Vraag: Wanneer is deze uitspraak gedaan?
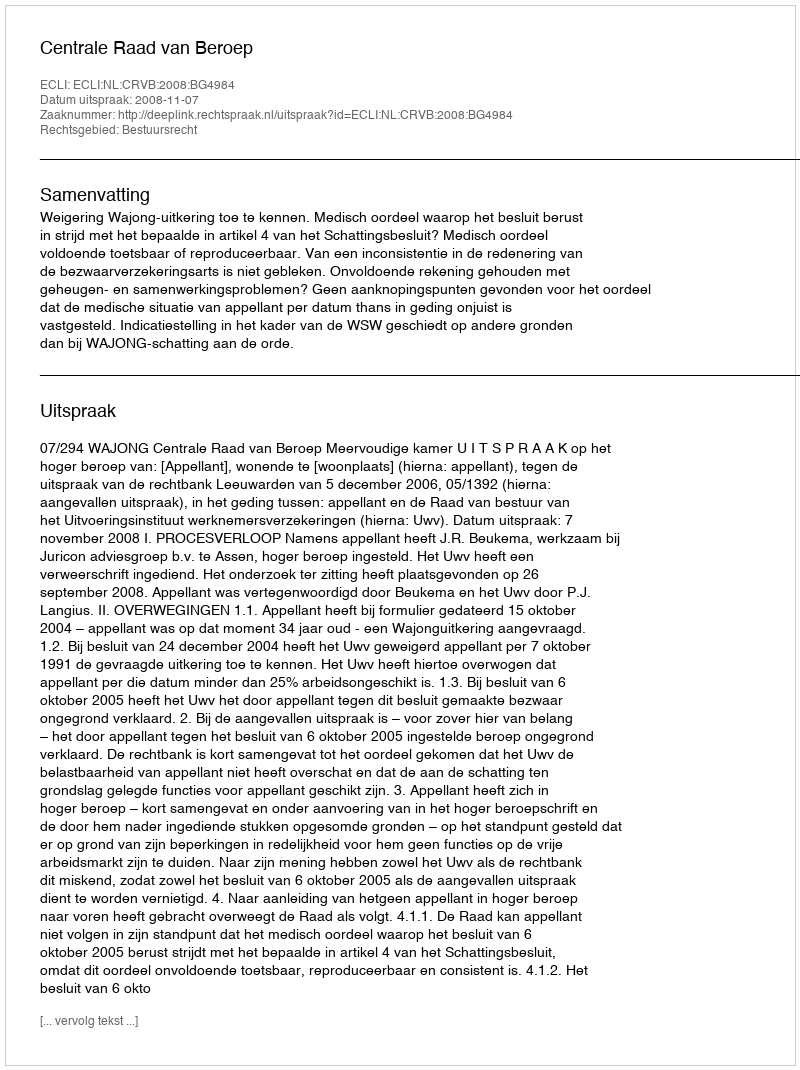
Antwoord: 2008-11-07